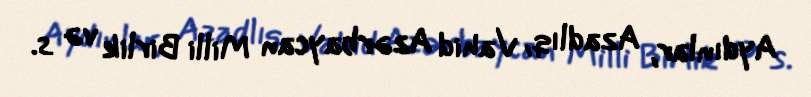
Aydınlar, Azadlıq, Vahid Azərbaycan Milli Birlik və s.